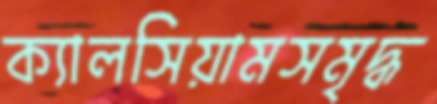
ক্যালসিয়ামসমৃদ্ধ